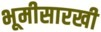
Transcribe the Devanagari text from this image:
भूमीसारखी